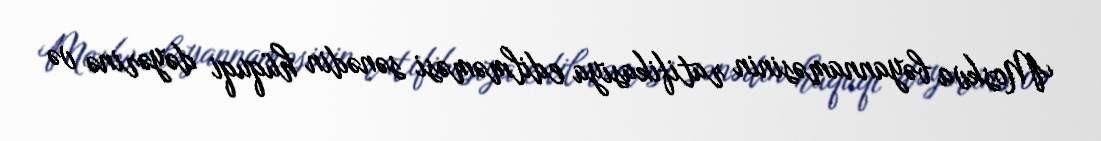
Moskva bəyannaməsinin ratifikasiya edilməməsi sənədin hüquqi dəyərinə və